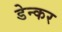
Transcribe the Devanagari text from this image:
डेन्कर